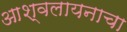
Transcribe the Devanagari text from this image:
आश्वलायनाचा